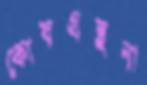
কোষগ্রন্থনা